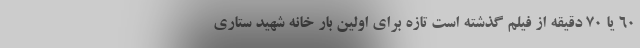
60 یا 70 دقیقه از فیلم گذشته است تازه برای اولین بار خانه شهید ستاری